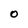
Character: O